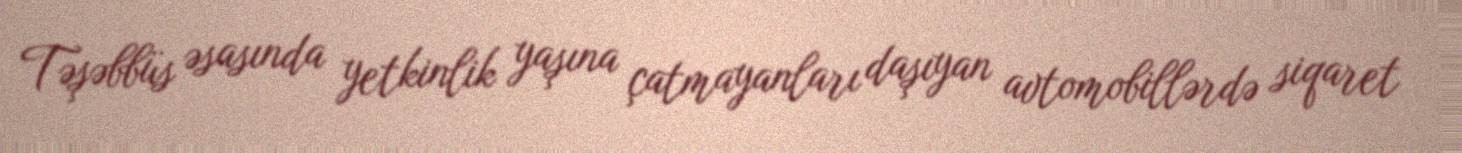
Təşəbbüs əsasında yetkinlik yaşına çatmayanları daşıyan avtomobillərdə siqaret